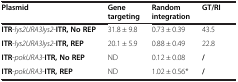
<table><thead><tr><td><b>Plasmid</b></td><td><b>Gene targeting</b></td><td><b>Random integration</b></td><td><b>GT/RI</b></td><td><b> </b></td></tr></thead><tbody><tr><td><b>ITR</b>-<i>lys2URA3lys2</i>-<b>ITR, No REP</b></td><td>31.8 ± 9.8</td><td>0.73 ± 0.39</td><td>43.5</td><td> </td></tr><tr><td><b>ITR</b>-<i>lys2URA3lys2</i>-<b>ITR, REP</b></td><td>20.1 ± 5.9</td><td>0.88 ± 0.49</td><td>22.8</td><td> </td></tr><tr><td><b>ITR</b>-<i>pokURA3</i>-<b>ITR, No REP</b></td><td>ND</td><td>0.12 ± 0.08</td><td><b>/</b></td><td> </td></tr><tr><td><b>ITR</b>-<i>pokURA3</i>-<b>ITR, REP</b></td><td>ND</td><td>1.02 ± 0.56*</td><td><b>/</b></td><td> </td></tr></tbody></table>